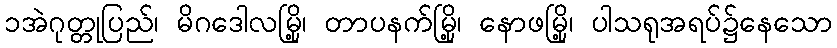
၁အဲဂုတ္တုပြည်၊ မိဂဒေါလမြို့၊ တာပနက်မြို့၊ နောဖမြို့၊ ပါသရုအရပ်၌နေသော